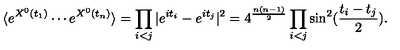
\langle e ^ { X ^ { 0 } ( t _ { 1 } ) } \cdots e ^ { X ^ { 0 } ( t _ { n } ) } \rangle = \prod _ { i < j } | e ^ { i t _ { i } } - e ^ { i t _ { j } } | ^ { 2 } = 4 ^ { \frac { n ( n - 1 ) } { 2 } } \prod _ { i < j } \sin ^ { 2 } ( { \frac { t _ { i } - t _ { j } } { 2 } } ) .